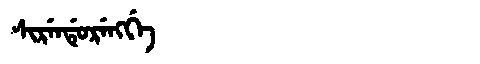
Manchu: ᠰᡳᡵᡝᠨᡩᡠᡵᡝᠩᡤᡝ
Romanization: SIRENDURENGGE